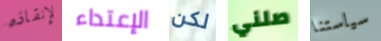
لإنقاذه الإعتداء لكن صلني سياستنا